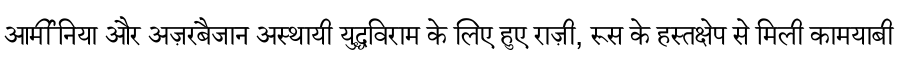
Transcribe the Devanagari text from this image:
आर्मीनिया और अज़रबैजान अस्थायी युद्धविराम के लिए हुए राज़ी, रूस के हस्तक्षेप से मिली कामयाबी